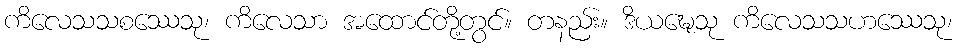
ကိလေသသစဿေသု၊ ကိလေသာ အထောင်တို့တွင်။ တနည်း။ ဒိယဍ္ဎေသု ကိလေသသဟဿေသု၊